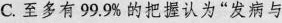
C.至多有99.9%的把握认为”发病与未